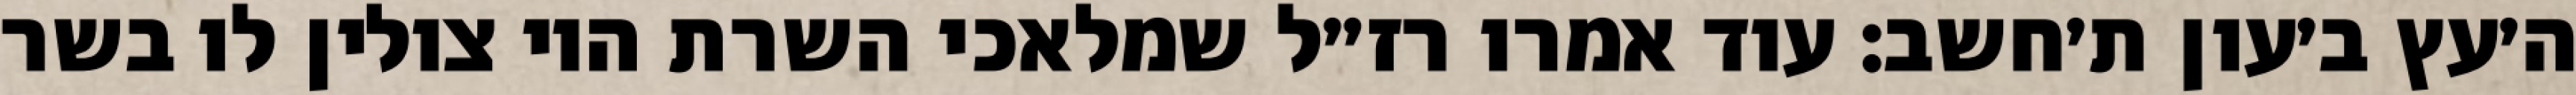
ה׳עץ ב׳עון ת׳חשב: עוד אמרו רז״ל שמלאכי השרת היו צולין לו בשר